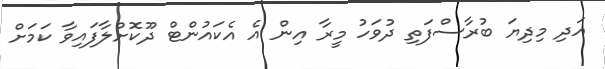
އަދި މިދިޔަ ބުރާސްފަތި ދުވަހު މީރާ އިން އެ އެކައުންޓް ދޫކޮށްލާފައިވާ ކަމަށް